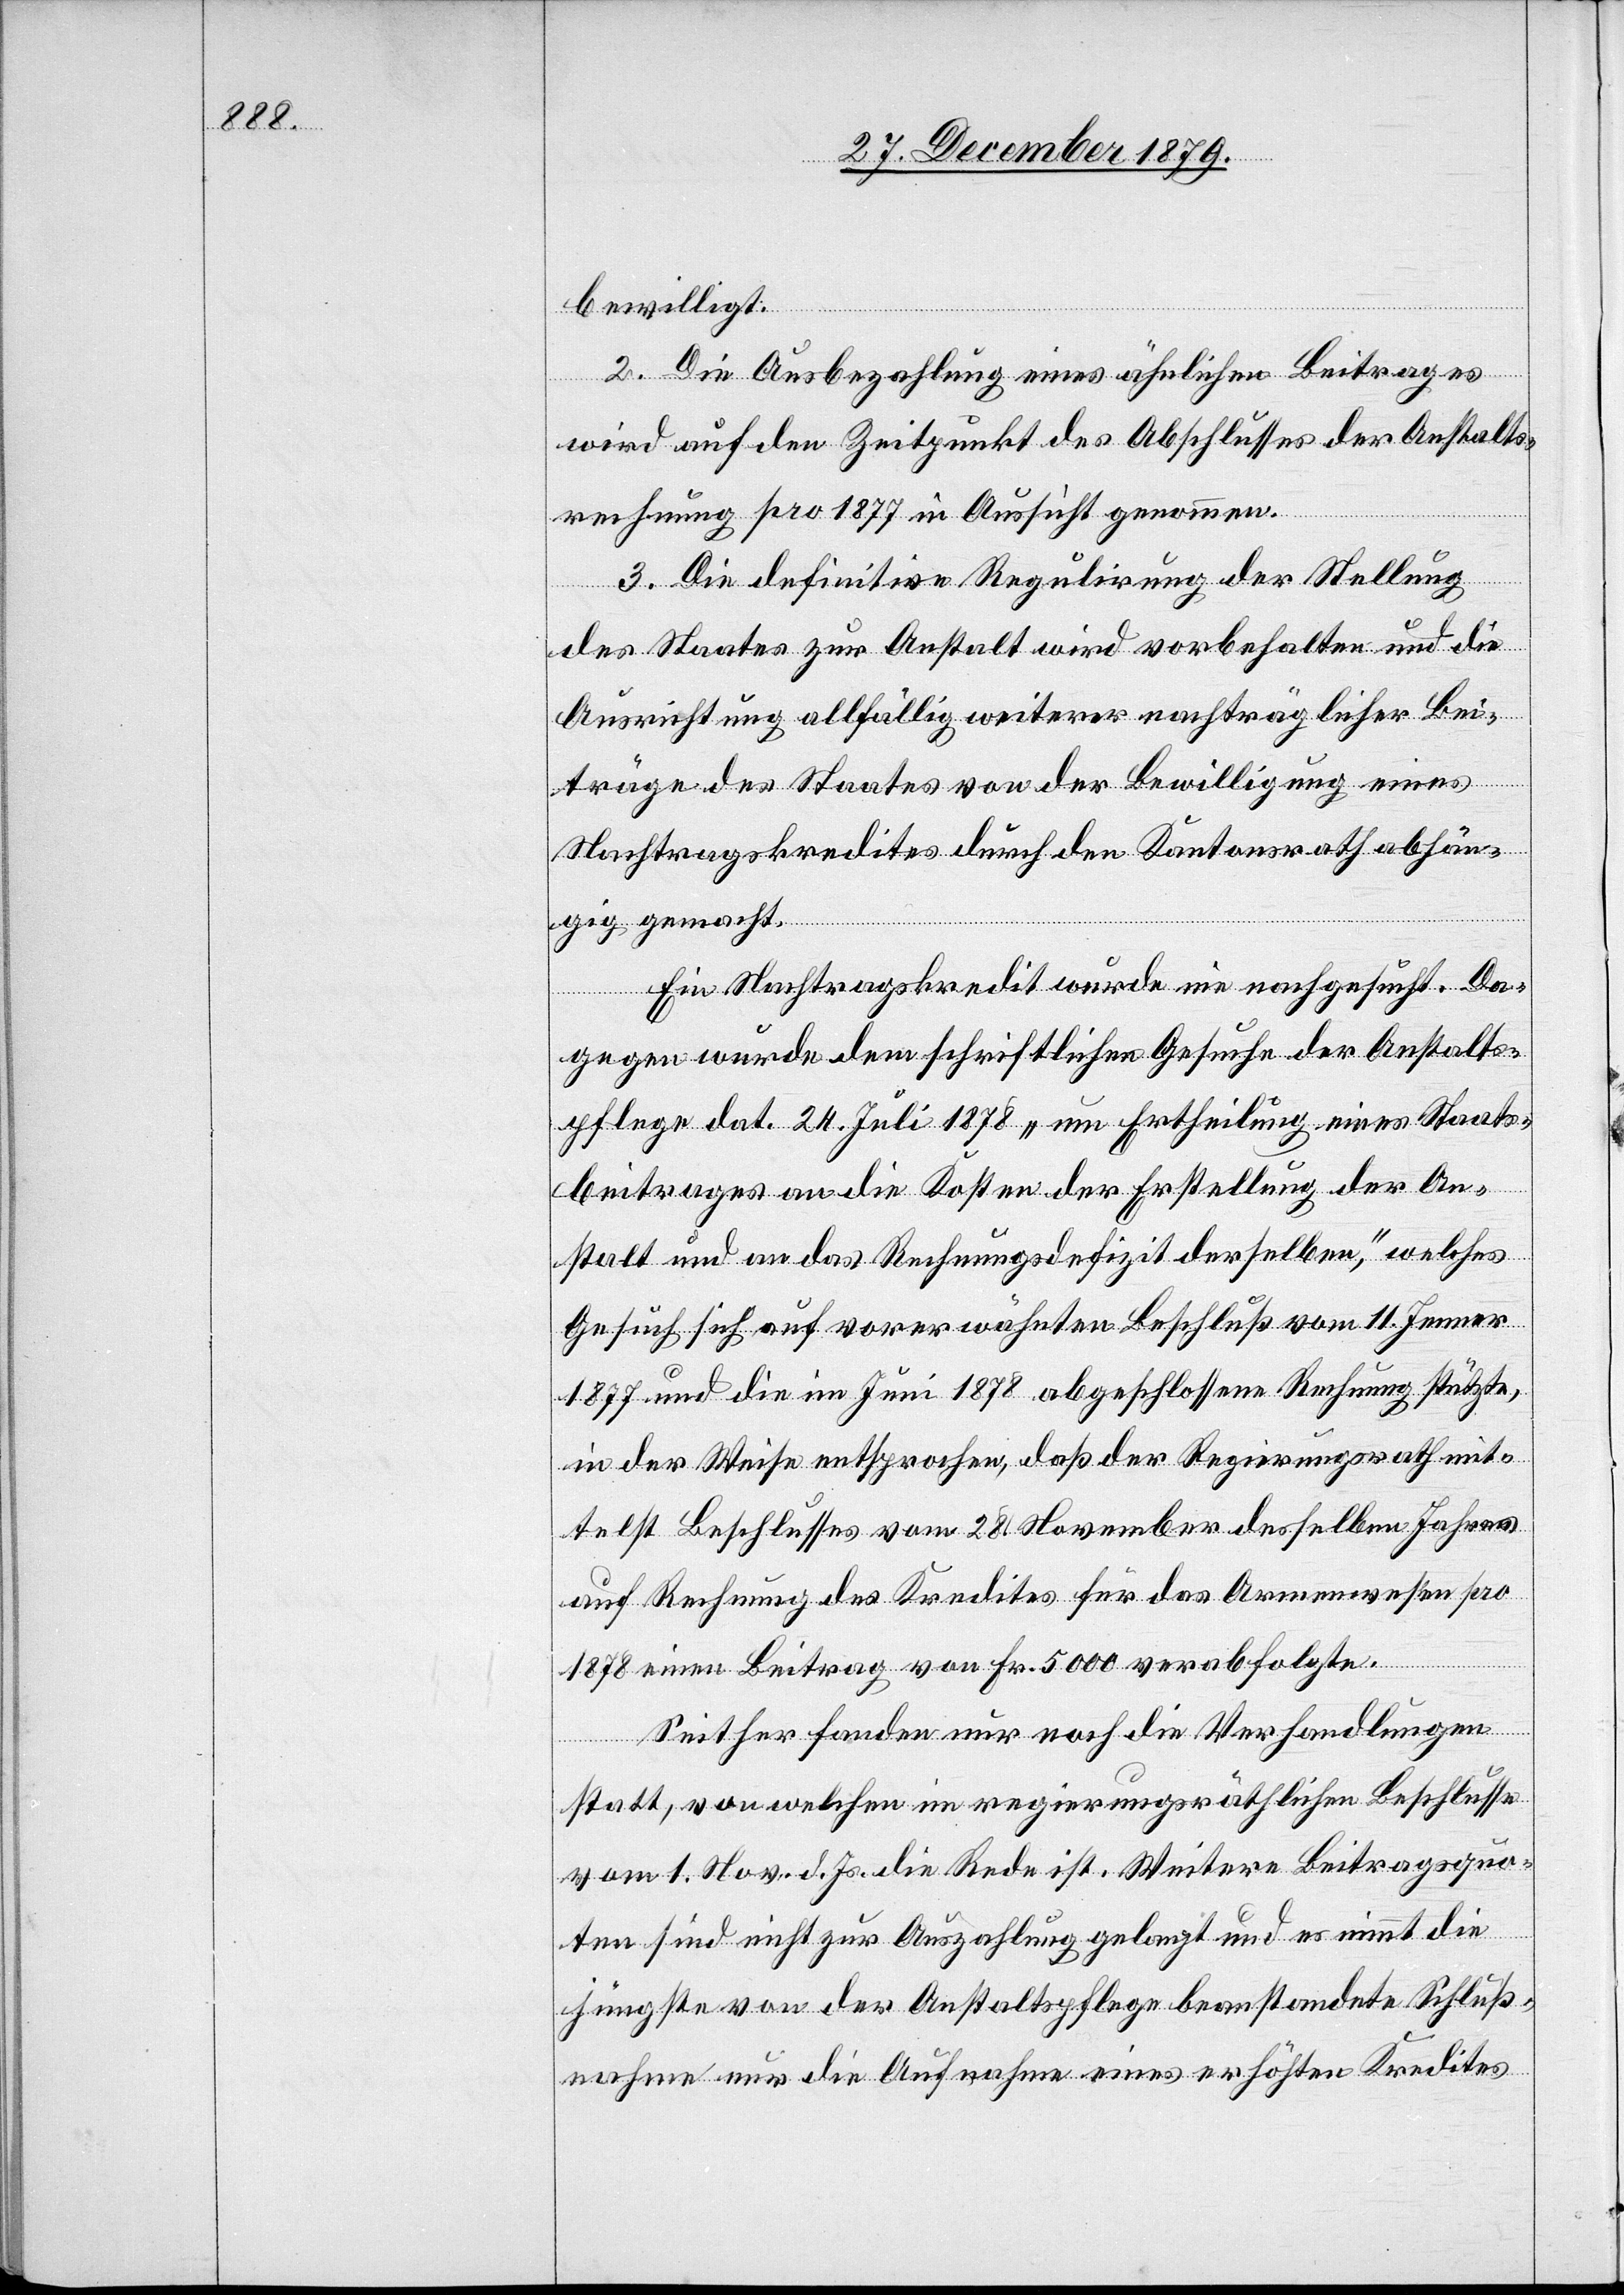
bewilligt.
2. Die Ausbezahlung eines ähnlichen Beitrages
wird auf den Zeitpunkt des Abschlusses der Anstalts¬
rechnung pro 1877 in Aussicht genommen.
3. Die definitive Regulirung der Stellung
des Staates zur Anstalt wird vorbehalten und die
Ausrichtung allfällig weiterer nachträglicher Bei¬
träge des Staates von der Bewilligung eines
Nachtragskredites durch den Kantonsrath abhän¬
gig gemacht.
Ein Nachtragskredit wurde nie nachgesucht. Da¬
gegen wurde dem schriftlichen Gesuche der Anstalts¬
pflege dat. 24. Juli 1878 „um Ertheilung eines Staats¬
beitrages an die Kosten der Erstellung der An¬
stalt und an das Rechnungsdefizit derselben,“ welches
Gesuch sich auf vorerwähnten Beschluß vom 11. Jenner
1877 und die im Juni 1878 abgeschlossene Rechnung stütze,
in der Weise entsprochen, daß der Regierungsrath mit¬
telst Beschlusses vom 28. November desselben Jahres
auf Rechnung des Kredites für das Armenwesen pro
1878 einen Beitrag von Fr. 5000 verabfolgte.
Seither fanden nur noch die Verhandlungen
statt, von welchen im regierungsräthlichen Beschlusse
vom 1. Nov. d. Js. die Rede ist. Weitere Beitragsquo¬
ten sind nicht zur Auszahlung gelangt und es nimmt die
jüngstens von der Anstaltspflege beanstandete Schluß¬
nahme nur die Aufnahme eines erhöhten Kredites